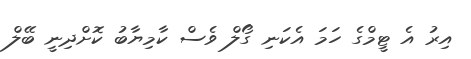
އިރު އެ ޓީމްގެ ހަމަ އެކަނި ގޯލް ވެސް ކާމިޔާބު ކޮށްދިނީ ބޭލް